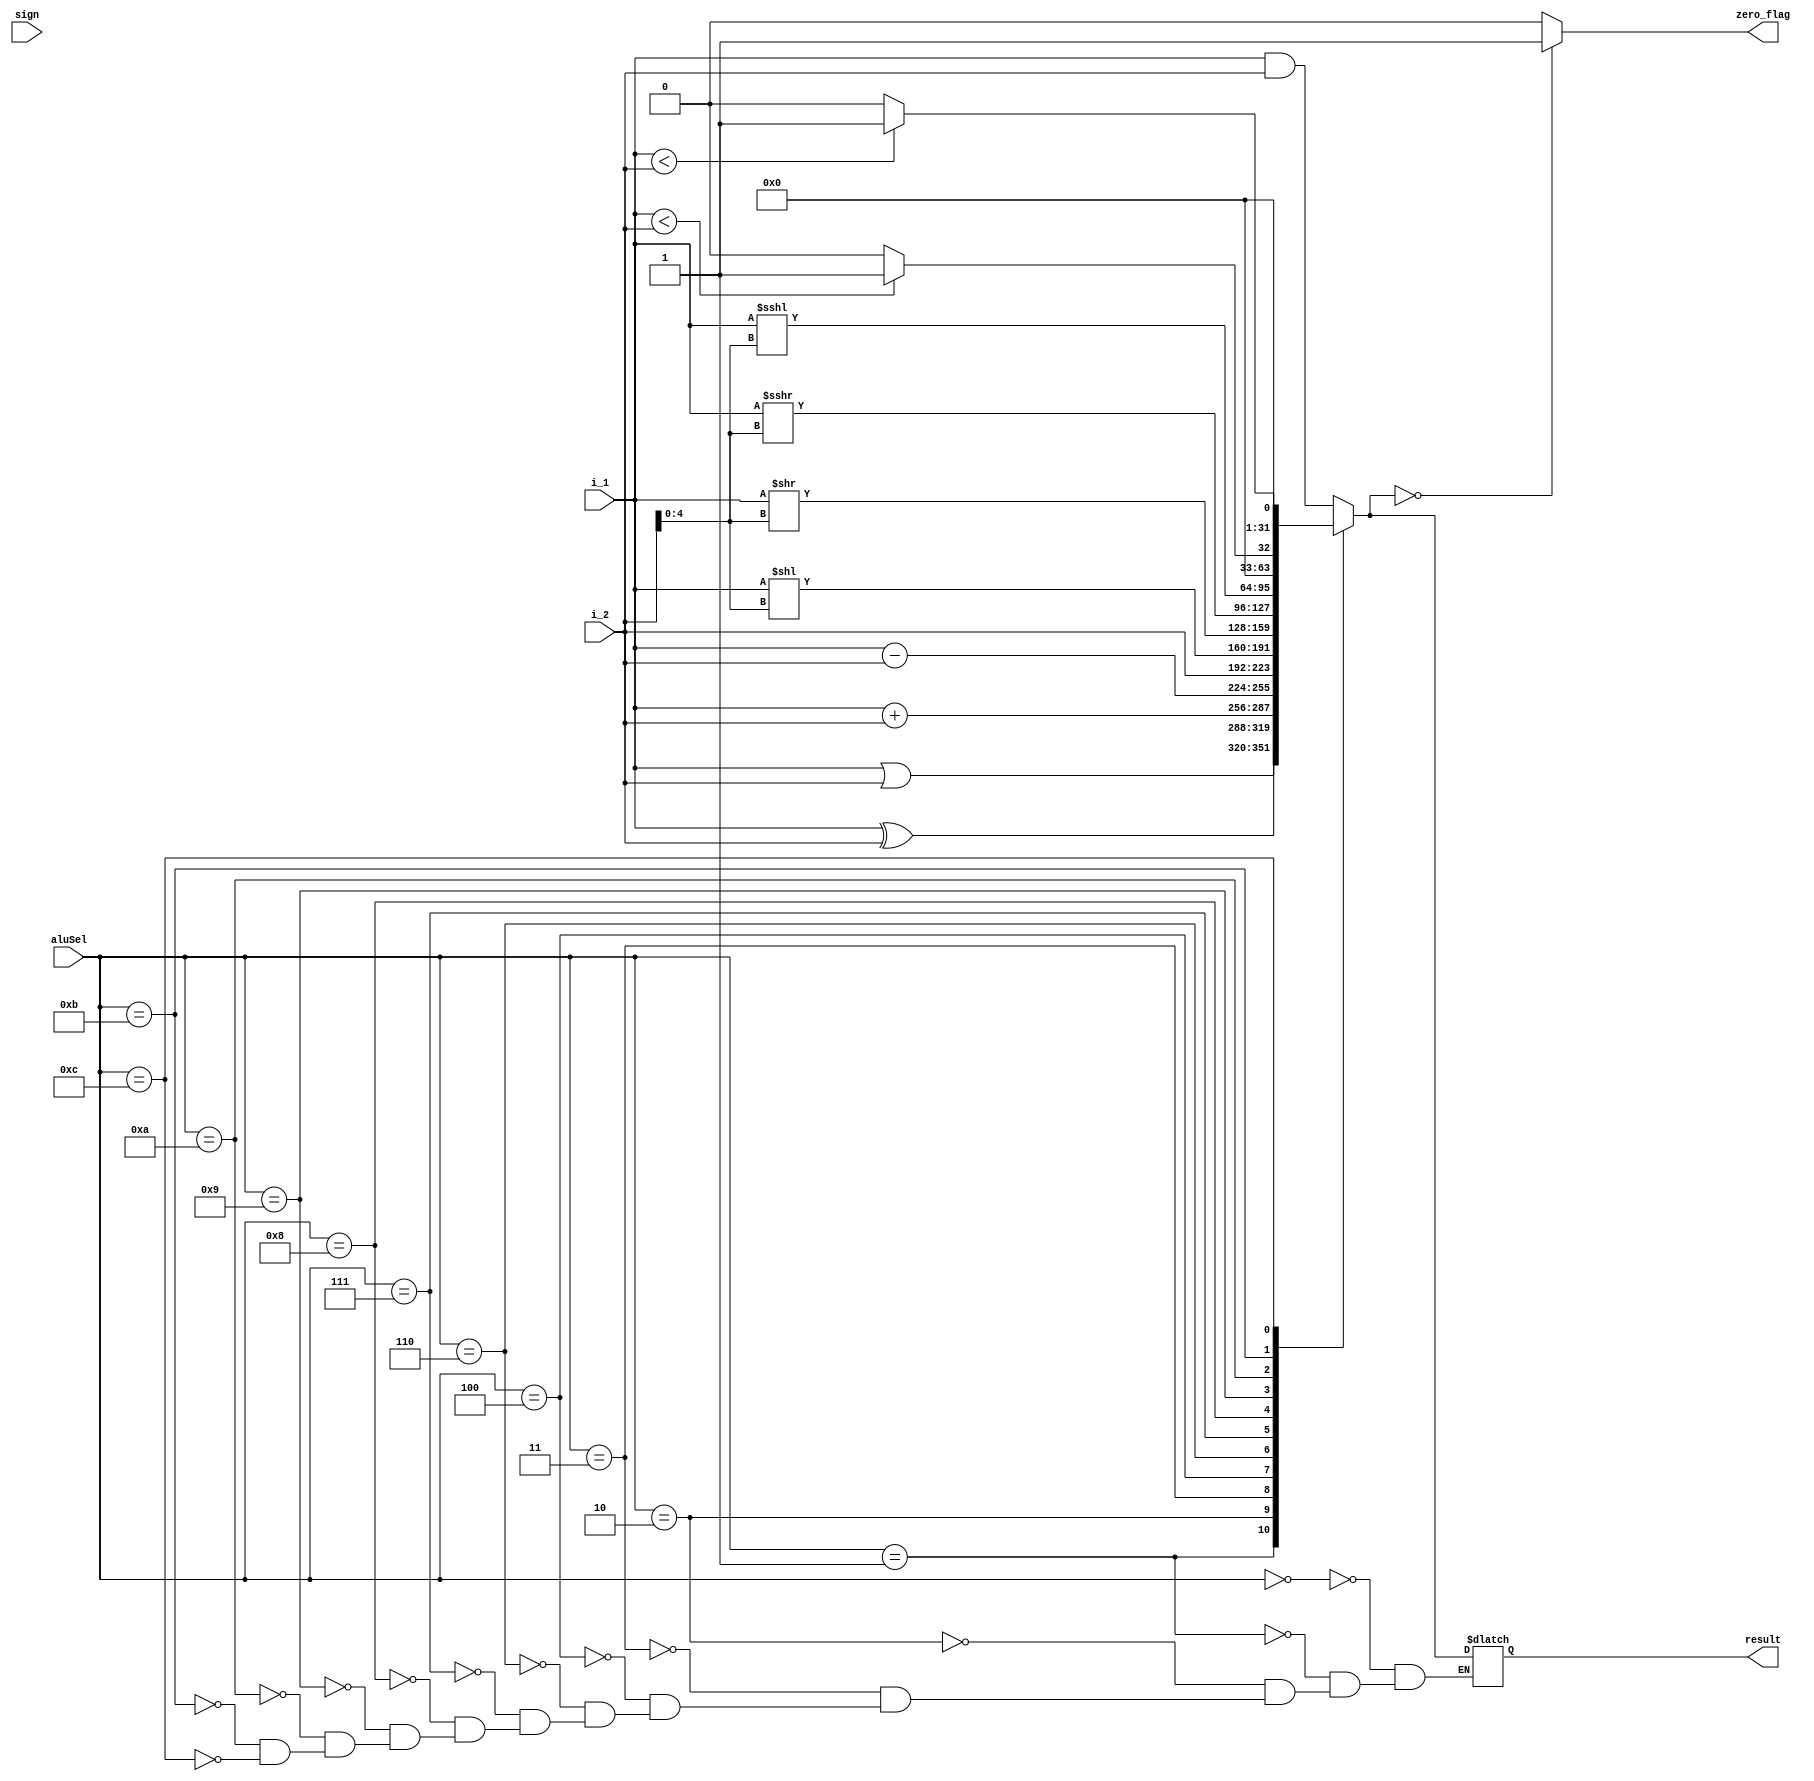
module alu ( 
    input      [31:0] i_1,
    input      [31:0] i_2,
    input      [3:0]  aluSel,
    input             sign,
    output reg [31:0] result,
    output reg        zero_flag
);

reg [31:0] r_operand_2_converted;

    always @(*) begin
        // I don't like this, but keeping for now
        if (sign)
            r_operand_2_converted = $signed(r_operand_2_converted);
        else
            r_operand_2_converted = $unsigned(r_operand_2_converted);

        case(aluSel)
            4'b0000: result = i_1 & i_2;
            4'b0001: result = i_1 | i_2;
            4'b0010: result = i_1 ^ i_2;
            4'b0011: result = i_1 + i_2;
            4'b0100: result = i_1 - i_2;
            // Pass Input 2
            4'b0110: result = i_2;
            // Shift Left Logical
            4'b0111: result <= (i_1 << i_2[4:0]);
            // Shift Right Logical
            4'b1000: result <= (i_1 >> i_2[4:0]);
            // Shift Left Arithmetic
            4'b1001: result <= (i_1 >>> i_2[4:0]);
            // Shift Right Arithmetic
            4'b1010: result <= (i_1 <<< i_2[4:0]);
            // Less than Unsigned 
            4'b1011: begin
                        if ($unsigned(i_1) < $unsigned(i_2))
                            result = 1'b1;
                        else 
                            result = 1'b0;
                     end
            // Less than signed
            4'b1100: begin
                        if ($signed(i_1) < $signed(i_2))
                            result = 1'b1;
                        else 
                            result = 1'b0;
                     end
        endcase

        if (result == 0 )
            zero_flag = 1'b1;
        else
            zero_flag = 1'b0;
    end
endmodule